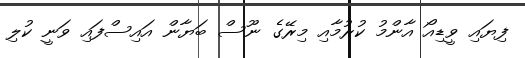
ފިޔައި ވީޑިއޯ އާންމު ކުރުމާއި މިރޭގެ ނޫސް ބަޔާން އައިސްފައި ވަނީ ކުލި